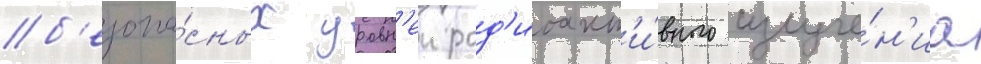
б'езопа́сных уровн'еи рад'иоакт'и́вного излуче́н'иа